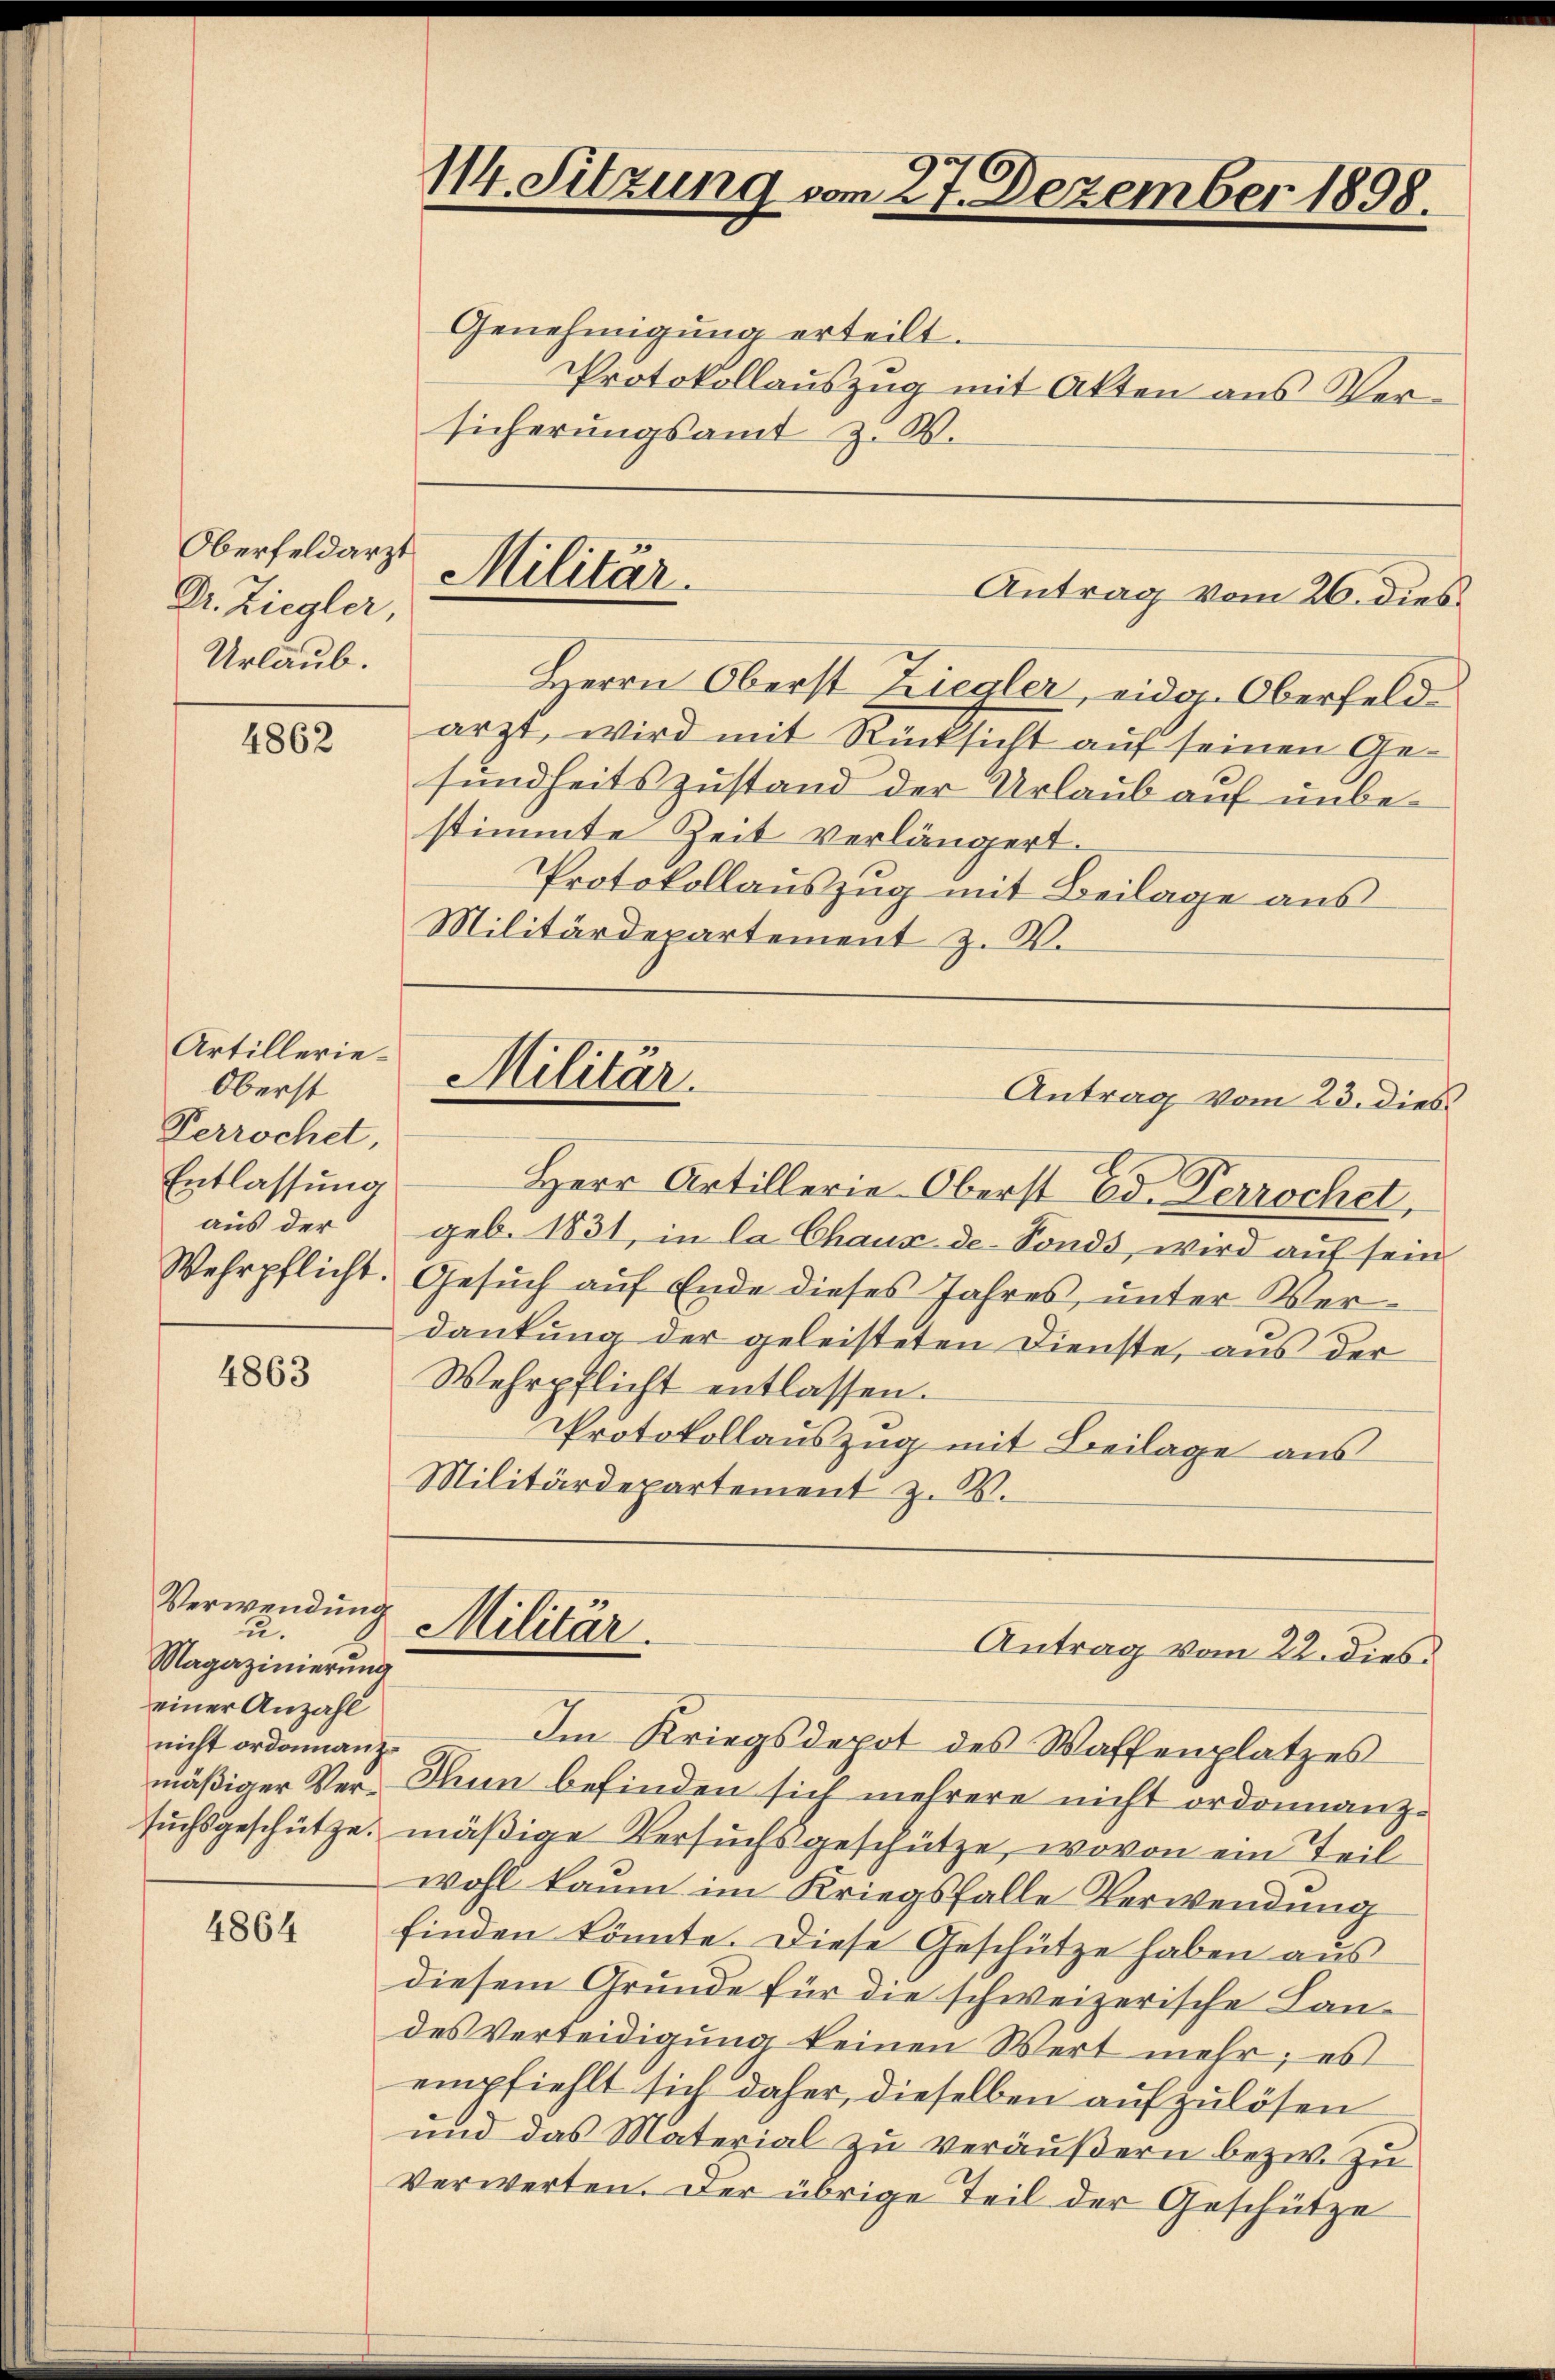
Oberfeldarzt
Dr. Ziegler,
Urlaub.

4862

Artillerie¬
Oberst
Perrochet,
Entlassung
aus der

4863

Verwendung
u.
Magazinierung
einer Anzahl
nicht ordonanz¬

4864

114. Sitzung vom 27. Dezember 1898.

Genehmigung erteilt.
Protokollauszug mit Akten aus Versicherungsamt z. W.

Herrn Oberst Ziegler, eidg. Oberfeldarzt, wird mit Rücksicht auf seinen Gesundheitszustand der Urlaub auf unbestimmte Zeit verlängert.
Protokollauszug mit Beilage aus
Militärdepartement z. W.

Militär.

Militär.

Militär.

Antrag vom 26. dies

Herr Artillerie-Oberst Ed. Perrochel,
geb. 1831, in la Chaux-de-Fonds, wird auf sein
Wehrpflicht. Gesŭch aŭf Ende dieses Jahres ŭnter Ver-
dankung der geleisteten Dienste, aus der
Wehrpflicht entlassen.
Protokollauszug mit Beilage aus
Militärdepartement z. B.

Antrag vom 23. dies

Antrag vom 22. dies

Im Kriegsdepot des Waffenplatzes
mäßiger Ver- Thun befinden sich mehrere nicht ordonnanzsuchsgeschütze, mäßige Versuchsgeschütze, wovon ein Teil
wohl kaum im Kriegsfalle Verwendung
finden könnte. Diese Geschütze haben aus
diesem Grunde für die schweizerische Landes Verteidigung keinen Wert mehr; es
empfiehlt sich daher, dieselben aufzulösen
und das Material zu veräußern bezw. zu
Verwerten. Der übrige Teil der Geschütze